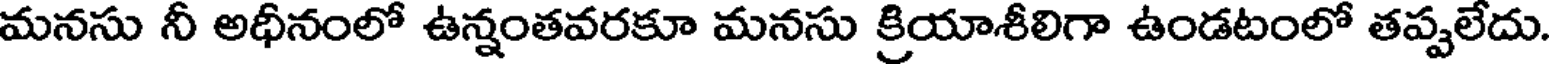
మనసు నీ అధీనంలో ఉన్నంతవరకూ మనసు క్రియాశీలిగా ఉండటంలో తప్పలేదు.